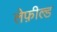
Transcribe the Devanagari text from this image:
लेफ़ील्ड